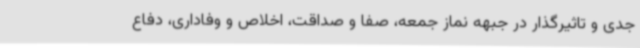
جدی و تاثیرگذار در جبهه نماز جمعه، صفا و صداقت، اخلاص و وفاداری، دفاع